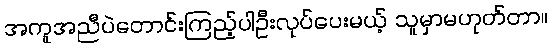
အကူအညီပဲတောင်းကြည့်ပါဦးလုပ်ပေးမယ့် သူမှာမဟုတ်တာ။